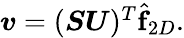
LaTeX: \begin{array}{r}{\boldsymbol{v}=(\boldsymbol{S}\boldsymbol{U})^{T}\hat{\boldsymbol{\mathrm{f}}}_{2D}.}\end{array}